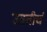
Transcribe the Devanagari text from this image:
उन्नतीचं